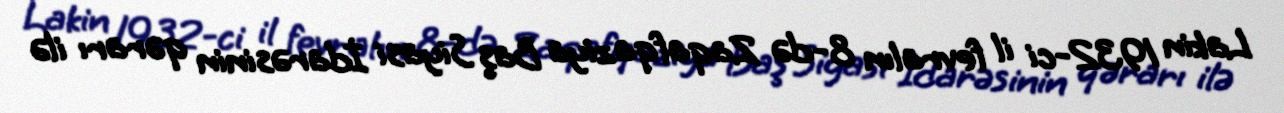
Lakin 1932-ci il fevralın 8-də Zaqafqaziya Baş Siyasi İdarəsinin qərarı ilə